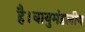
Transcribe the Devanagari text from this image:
है।वायुमंडलीय